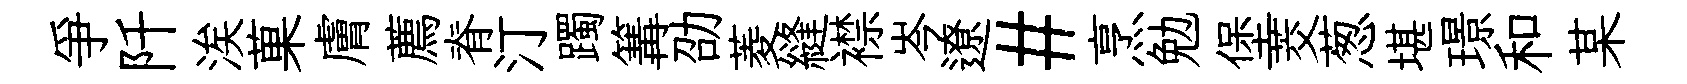
爭阡涘菓膚薦脊汀躅篝劭菱縫襟岑遼#烹勉堡茭葱堪璟和某